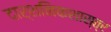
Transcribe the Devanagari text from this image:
दार्शनिकशास्त्र